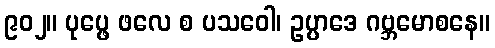
၉၀၂။ ပုပ္ဖေ ဖလေ စ ပသဝေါ၊ ဥပ္ပာဒေ ဂဗ္ဘမောစနေ။